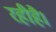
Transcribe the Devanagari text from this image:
रहीहै।